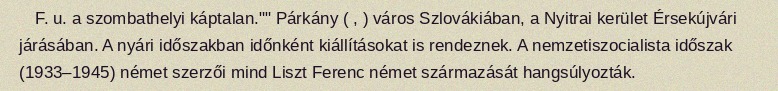
F. u. a szombathelyi káptalan."" Párkány ( , ) város Szlovákiában, a Nyitrai kerület Érsekújvári járásában. A nyári időszakban időnként kiállításokat is rendeznek. A nemzetiszocialista időszak (1933–1945) német szerzői mind Liszt Ferenc német származását hangsúlyozták.